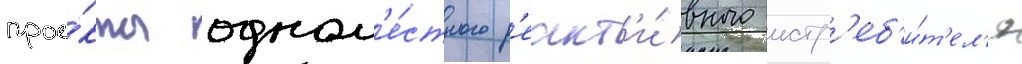
прое́кты одном'е́стного р'еакт'и́вного истр'еб'и́т'ел'я